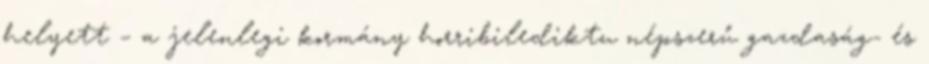
helyett – a jelenlegi kormány horribilediktu népszerű gazdaság- és